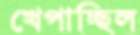
খেপাচ্ছিল